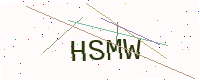
Text: HSMW